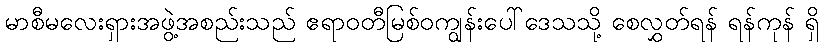
မာစီမလေးရှားအဖွဲ့အစည်းသည် ဧရာဝတီမြစ်ဝကျွန်းပေါ်ဒေသသို့ စေလွှတ်ရန် ရန်ကုန် ရှိ